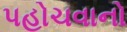
પહોચવાનો